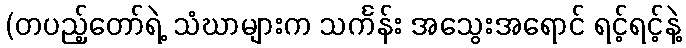
(တပည့်တော်ရဲ့ သံဃာများက သင်္ကန်း အသွေးအရောင် ရင့်ရင့်နဲ့